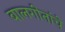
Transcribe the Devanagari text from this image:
बालगीतांचे